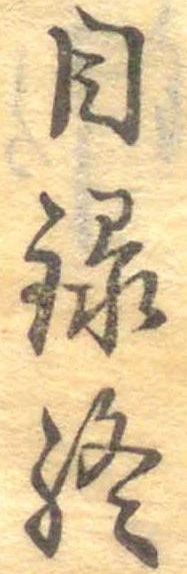
目録終